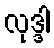
လုဒ္ဒါ